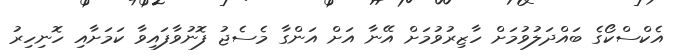
އެކްސްކޯގެ ބައްދަލުވުމަށް ހާޒިރުވުމަށް އޭނާ އަށް އަންގާ މެސެޖު ފޮނުވާފައިވާ ކަމަށާއި ހޮނިހިރު